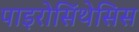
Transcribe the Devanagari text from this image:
पाइरोसिंथेसिस